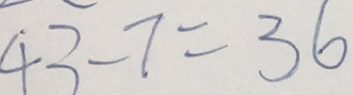
4 3 - 7 = 3 6